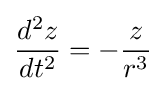
{\frac {d^{2}z}{dt^{2}}}=-{\frac {z}{r^{3}}}